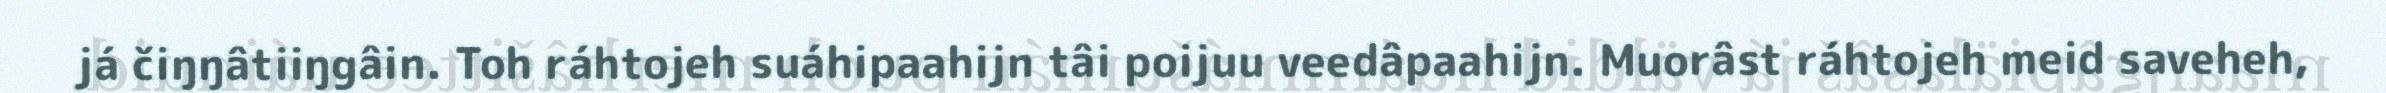
já čiŋŋâtiiŋgâin. Toh ráhtojeh suáhipaahijn tâi poijuu veedâpaahijn. Muorâst ráhtojeh meid saveheh,